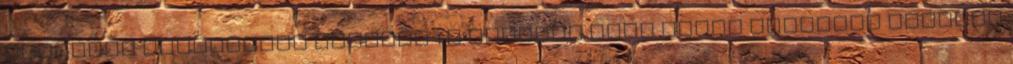
ÓRAKERET Karácsonyi témahét 1.b Szabóné Bakó Márta Pintérné Legéndi